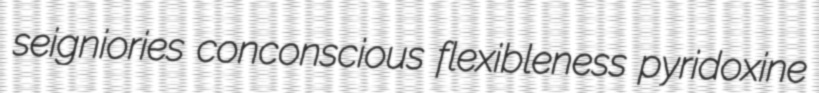
seigniories conconscious flexibleness pyridoxine